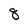
Character: 8